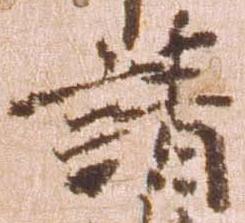
請